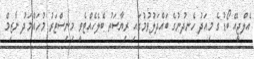
އެލްޖީއޭ ބޯޑުގެ މިއަދު ހެނދުނުގެ ބައްދަލުވުމުގައި ރިޔާސަތު ބެލެހެއްޓެވީ މިނިސްޓަރު މުހައްމަދު ނާޒިމް